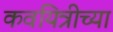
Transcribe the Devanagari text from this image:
कवयित्रीच्या